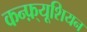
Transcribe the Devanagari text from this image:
कन्फ़्यूशियन